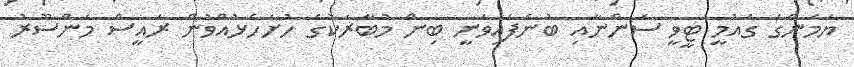
ޔަމަންގެ ގައުމީ ޓީވީ ސަންނާއި ބުނެފައިވަނީ ބިން މުބާރަކުގެ ހުށަހެޅުއްވުން ރައީސް މަންސޫރު